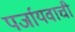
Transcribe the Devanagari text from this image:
पर्जायवाची